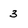
Character: 3